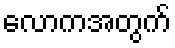
လောကအတွက်